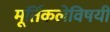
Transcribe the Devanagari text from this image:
मूर्तिकलेविषयी